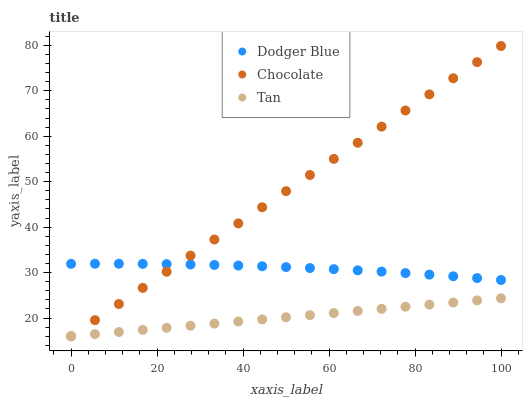
| xaxis_label | Dodger Blue | Chocolate | Tan |
 | --- | --- | --- | --- |
 | 0 | 31.9 | 16 | 16 |
 | 5.56 | 31.9 | 19.5 | 16.5 |
 | 11.1 | 31.9 | 23.1 | 16.9 |
 | 16.7 | 31.9 | 26.6 | 17.4 |
 | 22.2 | 31.9 | 30.2 | 17.9 |
 | 27.8 | 31.8 | 33.7 | 18.3 |
 | 33.3 | 31.7 | 37.3 | 18.8 |
 | 38.9 | 31.6 | 40.8 | 19.2 |
 | 44.4 | 31.4 | 44.4 | 19.7 |
 | 50 | 31.2 | 47.9 | 20.2 |
 | 55.6 | 31 | 51.5 | 20.6 |
 | 61.1 | 30.8 | 55 | 21.1 |
 | 66.7 | 30.5 | 58.6 | 21.6 |
 | 72.2 | 30.2 | 62.1 | 22 |
 | 77.8 | 29.9 | 65.6 | 22.5 |
 | 83.3 | 29.6 | 69.2 | 23 |
 | 88.9 | 29.2 | 72.7 | 23.4 |
 | 94.4 | 28.8 | 76.3 | 23.9 |
 | 100 | 28.4 | 79.8 | 24.3 |